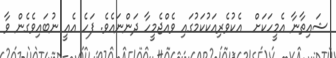
ޝައިތާނާ އެމީހަކަށް  އެކުވެރިއަކުކަމުގައި ވެއްޖެމީހާ ދަންނައެވެ. ފަހެ އެއީ ނުބައިވެގެން ވާ